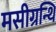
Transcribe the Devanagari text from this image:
मसीग्रन्थि